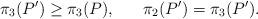
LaTeX: \begin{align*} \pi_{3}(P') \geq \pi_3(P), \;\;\;\;\;\; \pi_{2}(P') = \pi_{3}(P'). \end{align*}